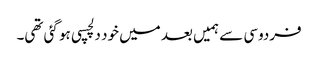
فردوسی سے ہمیں بعد میں خود دلچسپی ہو گئی تھی۔